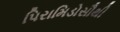
પિરામિડોસૌથી